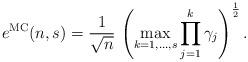
LaTeX: \begin{align*}e^{\mathrm{MC}}(n,s)=\frac{1}{\sqrt{n}}\,\left(\max_{k=1,\ldots,s}\prod_{j=1}^{k}\gamma_j\right)^\frac{1}{2}.\end{align*}